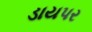
ડાયપર